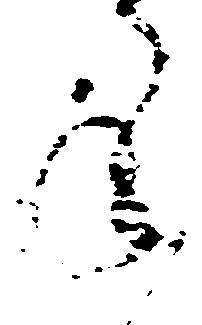
ね